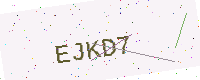
Text: EJKD7